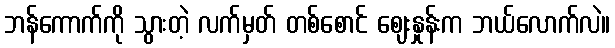
ဘန်ကောက်ကို သွားတဲ့ လက်မှတ် တစ်စောင် ဈေးနှုန်းက ဘယ်လောက်လဲ။